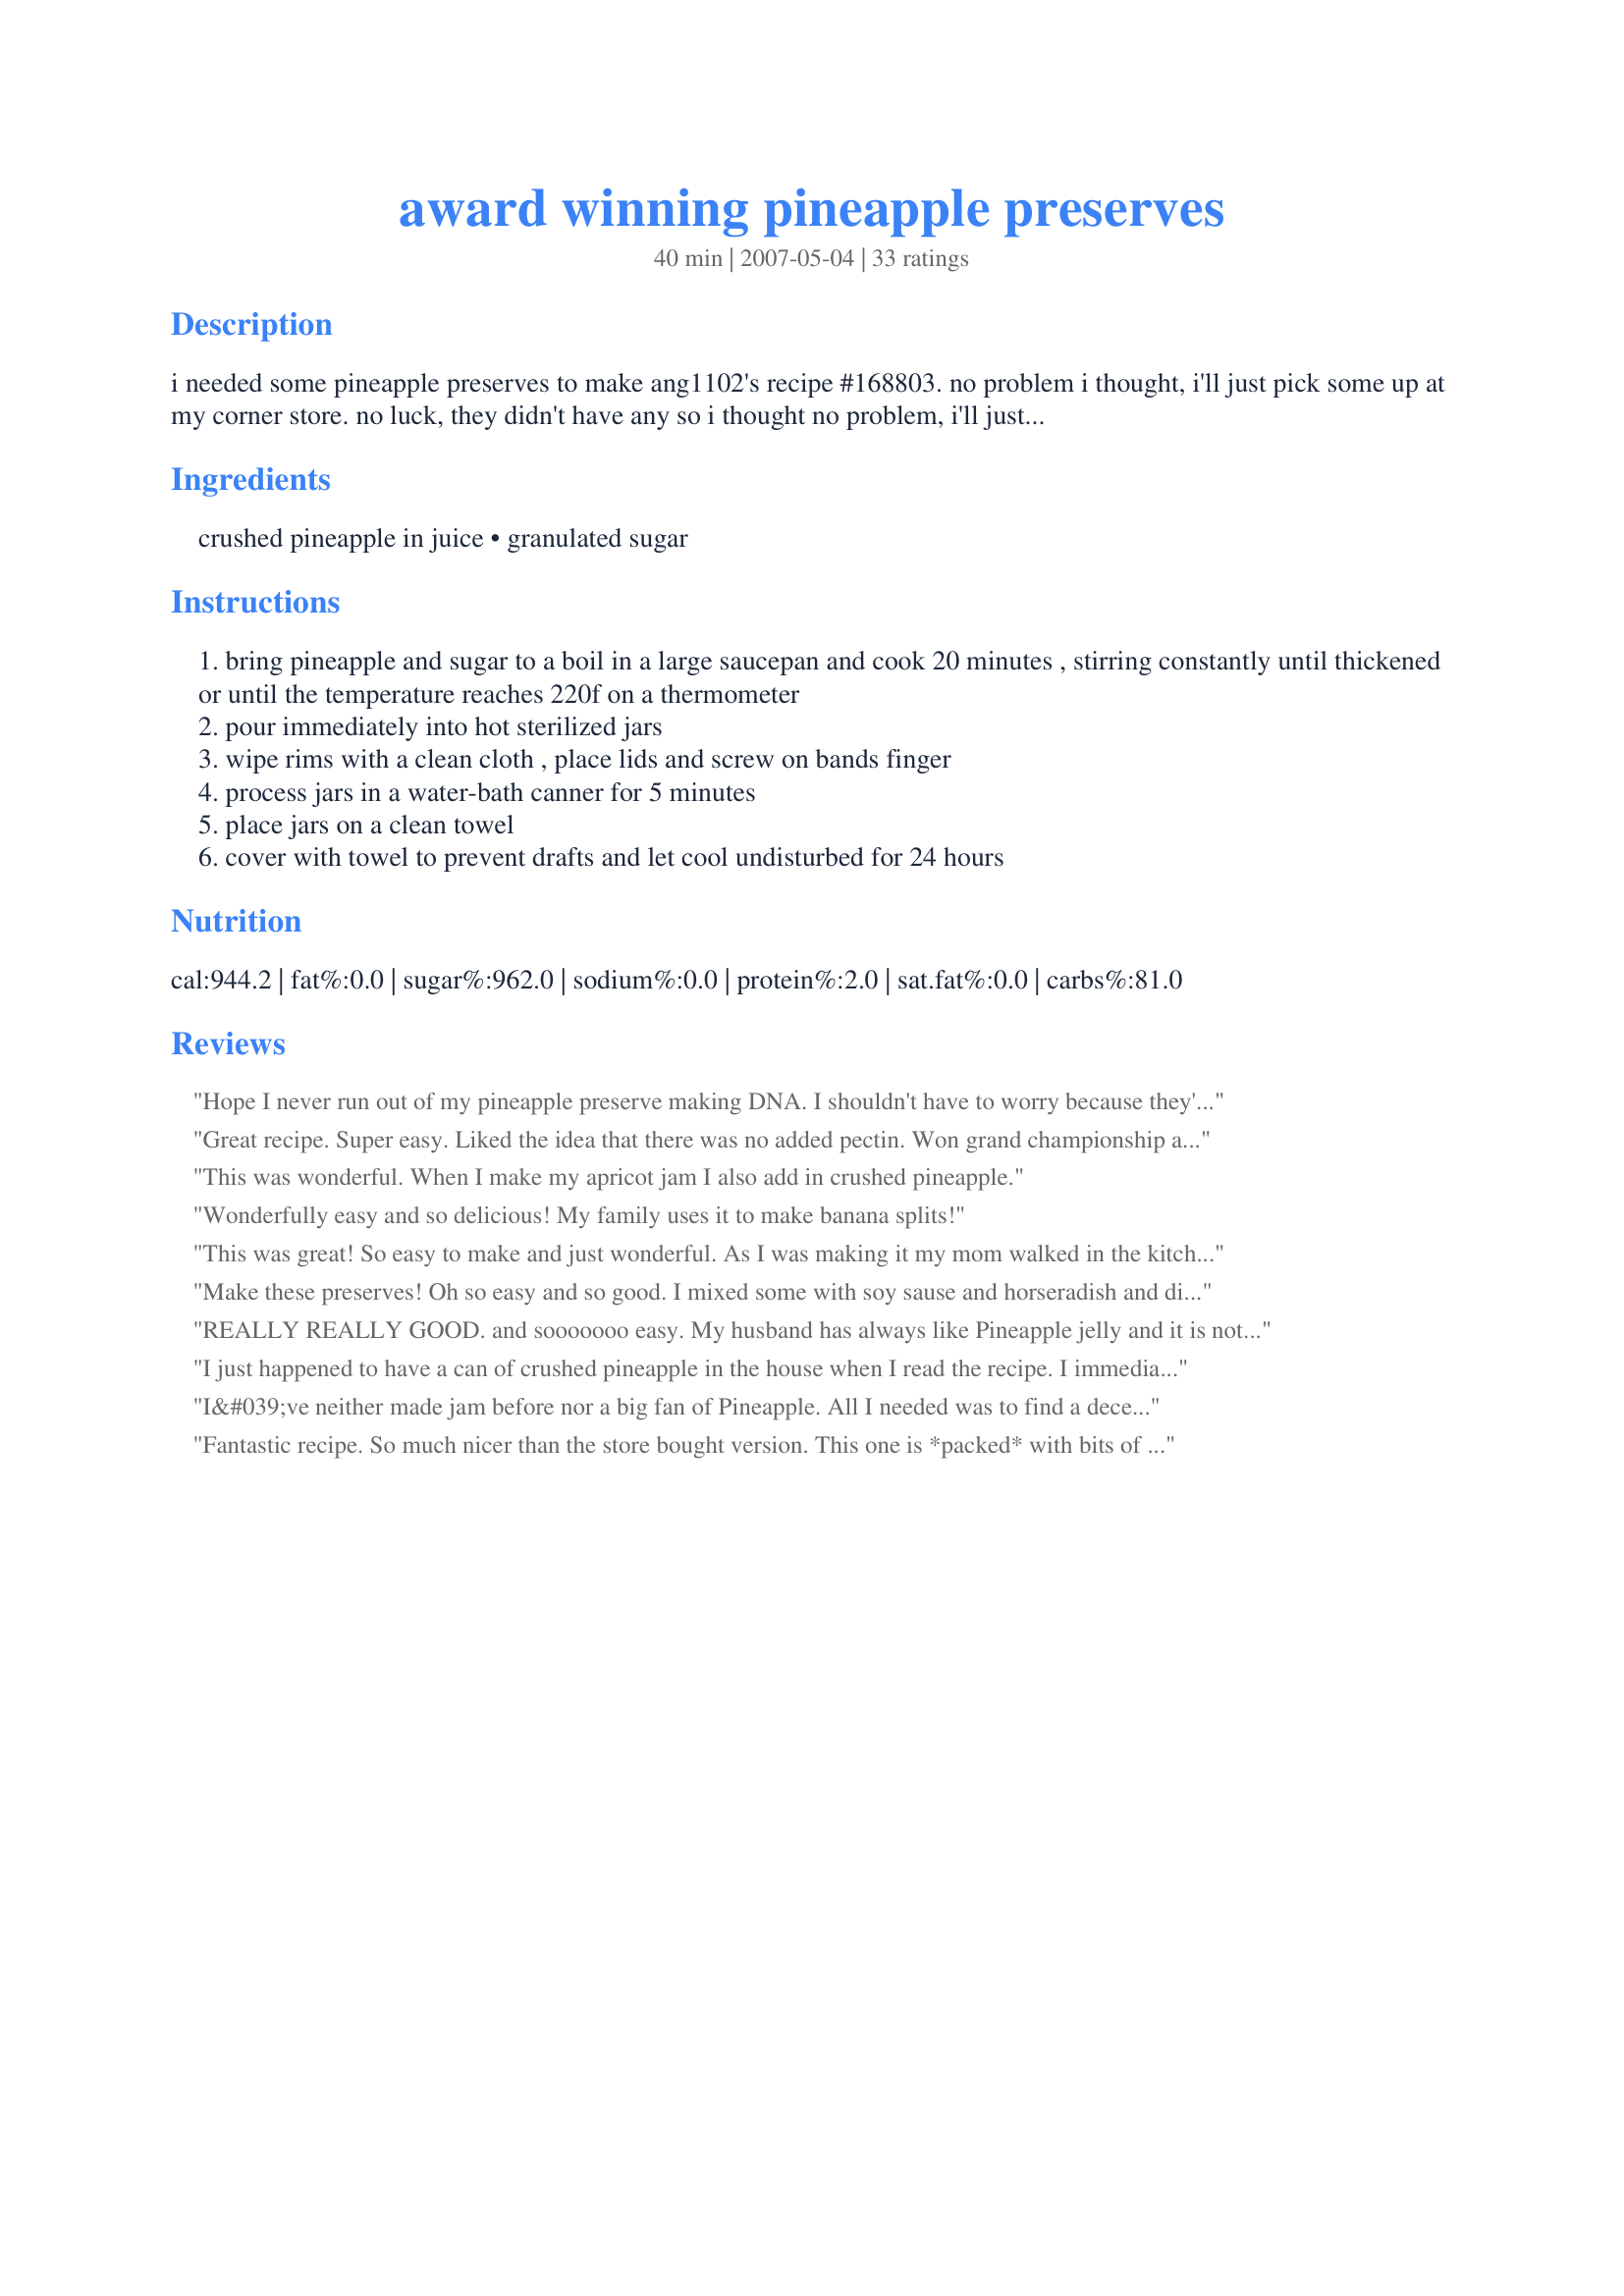
award winning pineapple preserves
Preparation time: 40 minutes

i needed some pineapple preserves to make ang1102's recipe #168803. no problem i thought, i'll just pick some up at my corner store. no luck, they didn't have any so i thought no problem, i'll just get a recipe off of zaar. no luck!, i went on a search and was attracted to this recipe because it only uses 2 ingredients and looked easy. boy did i get lucky with this one! from food down under. edit: thanks to diana, i was able to change the title to award winning! check her review for making these preserves even better!

Ingredients:
crushed pineapple in juice, granulated sugar

Steps:
bring pineapple and sugar to a boil in a large saucepan and cook 20 minutes , stirring constantly until thickened or until the temperature reaches 220f on a thermometer
pour immediately into hot sterilized jars
wipe rims with a clean cloth , place lids and screw on bands finger
process jars in a water-bath canner for 5 minutes
place jars on a clean towel
cover with towel to prevent drafts and let cool undisturbed for 24 hours

Reviews:
Hope I never run out of my pineapple preserve making DNA. I shouldn't have to worry because they'd probably sell more at Wal-Mart. Made for Farm Cooking Tag.
Great recipe. Super easy. Liked the idea that there was no added pectin. Won grand championship at county fair with first batch. Added about 1/8 tsp freshly grated ginger to make it Pineapple Ginger Jam. See more batches in the future.
This was wonderful. When I make my apricot jam I also add in crushed pineapple.
Wonderfully easy and so delicious! My family uses it to make banana splits!
This was great! So easy to make and just wonderful. As I was making it my mom walked in the kitchen and she told me that when she was younger she used to do all sorts of preserves. She said that this was the way they did it and that they also just added about a teaspoon of corn starch when bringng the pineapple and sugar to a boil. That will help thicken the jelly like consistancy!
Make these preserves! Oh so easy and so good. I mixed some with soy sause and horseradish 
and dipped cooked cold shrimp in it. I could eat this stuff on sneakers.
Thank you!
REALLY REALLY GOOD. and sooooooo easy. My husband has always like Pineapple jelly and it is not easy to find in the stores. I ran across this and have not looked back. I think I have made about 6 jars of this stuff, we only have about a 1/2 of one left. He eats it on everything.
I just happened to have a can of crushed pineapple in the house when I read the recipe. I immediately gathered my canning utensils and set out to make this preserve. I added some lemon zest - didn't have any oranges - and a dash of rum. Delicious and super easy to make. Thank you, cookiedog, for posting, this is a great recipe!
I&#039;ve neither made jam before nor a big fan of Pineapple. All I needed was to find a decent way to consume my very sour pineapple..Even after reading these reviews I wasn&#039;t convinced enough! To be honest, I only tried it as this an easy,2 ingredients calling recipe. Added some lemon rinds &amp; 1 cinnamon stick to boost the flavour. And then it comes!!! ???? WOW!! Everyone loves the jam and we are trying to taste it with almost everything !! ?? From peanut biscuits to indian flat bread Ruti, it tastes FABULOUS!! THANK YOU SOO MUCH !! This jam makes me fallen in love with pineapple !! ???? &amp; of course thousand times better than store bought JAM !!!!
Fantastic recipe. So much nicer than the store bought version. This one is *packed* with bits of pineapple, unlike it's commercial counterpart. So easy too. What's not to love about this one. Great find Cookie! UPDATE Aug 18/08: I'm happy to say that I entered this recipe in the local fair and won First Place. I did add some Orange Zest, and it made an amazing jam even tastier...if that's at all possible. Thanks again Cookie!!!!
This is a very good and very easy recipe. I have made it over 12 times including some modifications by adding cinnamon and also adding cinnamon and dry ginger. Personally I like the cinnamon addition best. One note; the recipe above notes a yield of two jars but should specify 2- 8oz jars. This is particularly true if cooked to 220 deg. I doubled the recipe to 4 cups of sugar and 40 oz of crushed pineapple and by the time it reached 220 the volume was reduced to 32 oz total yield. I hope the result is not too thick.
We could not find pineapple preserves at the store, so I went online and found this recipe.&lt;br/&gt;The pineapple perserves were needed for my mother&#039;s-in-laws 91 birthday, she wanted banana splits for her birthday party, the kind she remembered when she was a teenager and it called for pineapple perserves, besides strawberry perserves. &lt;br/&gt; After making this recipe we will make our own from now on, THEY ARE AWESOME and so much better than store purchased preserves.
Yum! This could be addictive. I added a Tbsp. of fresh grated ginger to the pot to add a little spunk. I had a little extra when I finished filling the jars. That became "mine". I used a little of the syrup in an apple salad I was making for lunch. That was a good addition. Then I wondered if it could be used to flavor water for drinking rather than soft drinks. Only took a couple of teaspoons to make a nice flavored water.
Excellent and so easy. Loved that the recipe made just two half pint jars, plus a couple of tablespoons leftover to eat right away. Very thick, lots of fruit, and none of that yucky high fructose corn syrup found in commercial varieties. Thanks for sharing the recipe!
My first time making a jelly and also canning it. It turned out perfect. I rolled some into crepes along with a slice of cream cheese. I then melted some butter in a saute pan and did a flambe in Malibu Coconut Rum. What a great easy dessert.
I just made this in my bread machine and it's better than store bought . I had not been able to find pineapple in the stores and was getting ready to order it online, now I don't have pay all those shipping charges.. thanks for this recipe...
Great recipe...I made 2 new versions. 1) pineapple, vodka, orange peel and ginger. 2) The Best is pineapple, whole cranberries and lime. It&#039;s the best I&#039;ve ever made. Yum!
This was everything it was proclaimed to be. Soooooooo easy... too easy! So I added some coconut powder (asian grocery store) to make mine a pina colada preserve. Loved this!
hii plz send recipe for pinapple preserve
I use pineapple preserves to make Christmas cookies. For years my grandma used smuckers and added bread crumbs to it to thicken. But he bread crumbs take away from. The flavor so I decided to try and make my own. The first batch I cooked came out too thick and rubbery. I tried again tonight. Instead of boiling it 20 minutes on high, I turned it down some and boiled it 20 minutes at a lower temp. It seems like it's going to be too runny but I haven't let it sit long enough yet
WOW! What a fantastic find! I haven't been able to find pineapple preserves in Australia but now I don't even need to try. I did add about 1 tablespoon of cornflour (cornstarch) to a large drained, pureed tin of pineapple rings. I also cooked my jam in my bread maker on Jam setting. Tonight we had this in Recipe #77820
I loved this recipe! EZ Breezy! 
I am a "jellist" lol I entered 10 items (jellies, jams, preserves) at our county fair this year. I won 7 blue ribbons and 1 -2nd place. I will definitely enter this next year. And like one poster suggested I may add some cinnamon.
Very easy and a great find! I went to 3 stores looking for pineapple preserves, and finally decided it would be easier to make it myself! Thanks for the Empanadas recipe link as well.. I went ahead and made those, too! (Very yummy as well).
Very good recipe! The only thing I did different was I pureed a can of sliced pineapple and to that I added 1 teaspoon of finely diced ginger and it was perfect. I loved this, it is a definate keeper. Thank you for the recipe.
Super easy and delicious! (And I'm another who couldn't find pineapple perserves anywhere!)
So good, I added cinnamon sticks, to kick it up a notch!!!
I just made 2 pint jars of this yesterday and had about 1/3 c leftover so we tried it this morning on english muffins...superb!!Will be making more!
I added half the sugar and it was still too sweet for me. I felt like my teeth werd going to fall out after just a taste. I had a pineapple that was green and picked too early(stupid industrialization). I didn't want to waste it since it was innedible and burned my throat and mouth. I decided to cook it and make a preserve. This was the first recipe i came across for fresh and not canned pineapple with a google search, but i instantly knew that even with my gross unripe pineapple, 2 cups of sugar was far too much. I halved the sugar and added cornstarch as a thickener. I still have another batch to make, so i am not going to use any sugar in this one and then i will just combine the 2 batches. In the future i will use no sugar, since fruit has enough sugar for me anyway, especially when cooked down.
I made this with a can of tropical fruit salad in passion fruit juice and I have to say it is just full of flavor. I ran it through a blender until it was just broken into small pieces so there weren&#039;t any chunks and then added it to the pan with the sugar. I love this recipe.
OMG I love this Preserves they are so tasty !!!! thank you so much for posting this recipe It will be one of my fav's.
This was my first time ever making jam, so I thought I'd start off small. It turned out perfectly. I'm so excited! Great taste, and it is better than store bought brands! Thanks for making my intro into canning so easy!
I cut the sugar to 1 1/2 cups which was plenty sweet. Used my bread machine. It was a tax loose but thickened well when chilled. Will add a tsp of pectin next time.
So easy and it turned out perfect.
